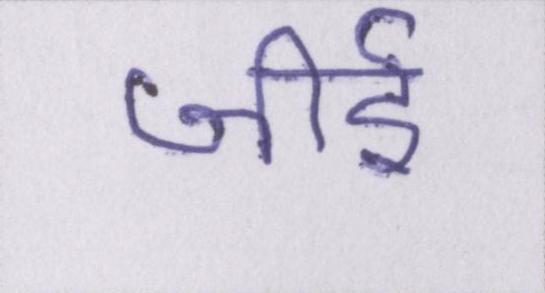
जीर्इ